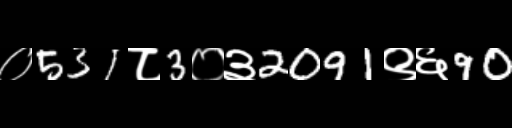
Text: ०531८3०३2091९६90